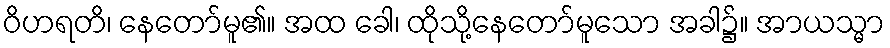
ဝိဟရတိ၊ နေတော်မူ၏။ အထ ခေါ၊ ထိုသို့နေတော်မူသော အခါ၌။ အာယသ္မာ